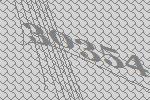
30354